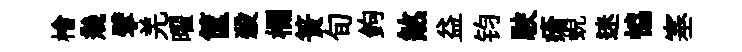
檜幾擘羌曜筐殺欄簣旬鉤煞益钧駛瘡蜺迷恊塞